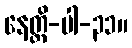
နေတ္တိ-ပါ-၃၁။